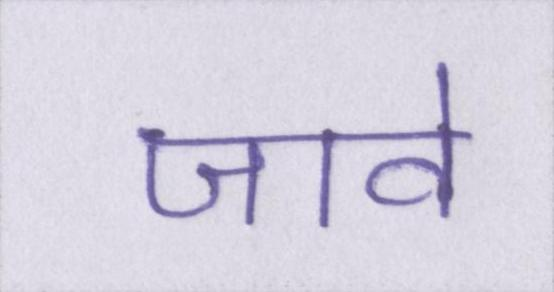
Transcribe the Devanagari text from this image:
जावे